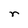
Character: r